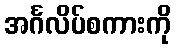
အင်္ဂလိပ်စကားကို